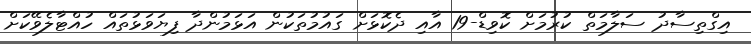
އިގްތިސާދު ސަލާމަތް ކުރުމަށް ކޮވިޑް-19 އާއި ދެކޮޅަށް ގައުމުތަކުން އަޅަމުންދާ ފިޔަވަޅުތައް ހުއްޓާލެވޭކަށް